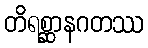
တိရစ္ဆာနဂတဿ